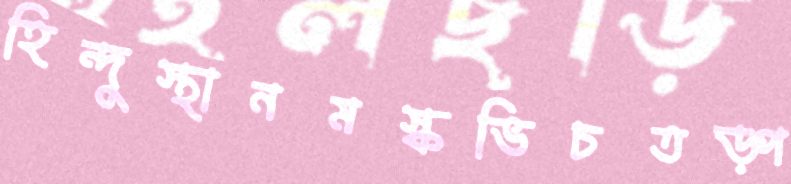
হিন্দুস্থানমস্কভিচতড়্‌প